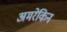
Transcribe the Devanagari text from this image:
अमरेकिन